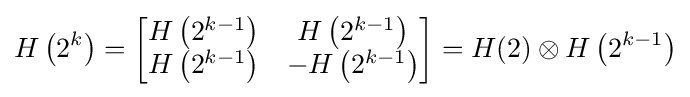
H\left(2^{k}\right)={\begin{bmatrix}H\left(2^{k-1}\right)&H\left(2^{k-1}\right)\\H\left(2^{k-1}\right)&-H\left(2^{k-1}\right)\end{bmatrix}}=H(2)\otimes H\left(2^{k-1}\right)